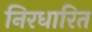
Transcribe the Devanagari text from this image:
निरधारित